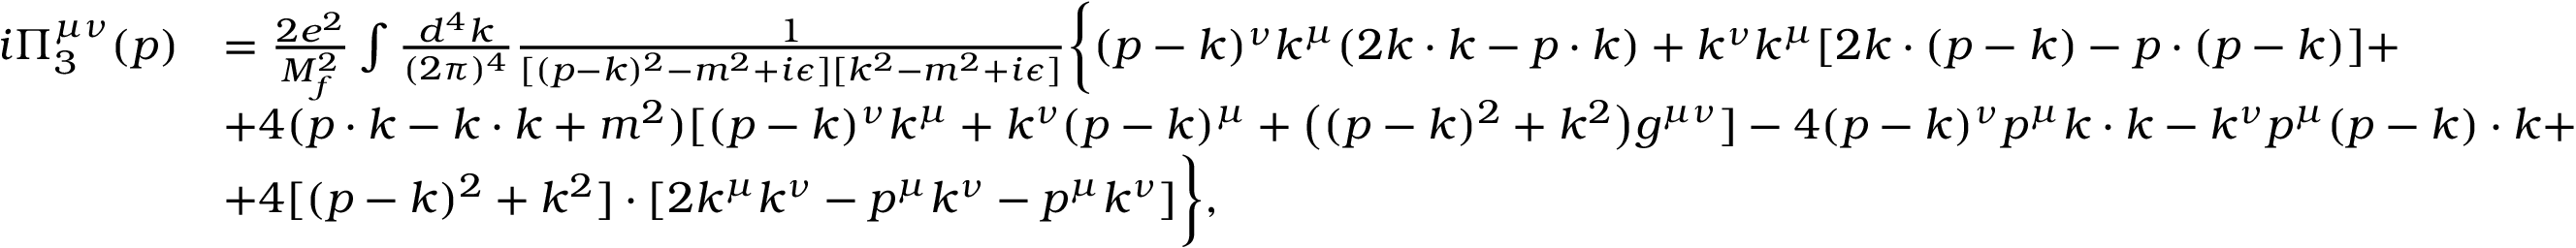
\begin{array} { r l } { i \Pi _ { 3 } ^ { \mu \nu } ( p ) } & { = \frac { 2 e ^ { 2 } } { M _ { f } ^ { 2 } } \int \frac { d ^ { 4 } k } { ( 2 \pi ) ^ { 4 } } \frac { 1 } { [ ( p - k ) ^ { 2 } - m ^ { 2 } + i \epsilon ] [ k ^ { 2 } - m ^ { 2 } + i \epsilon ] } \biggl \{ ( p - k ) ^ { \nu } k ^ { \mu } ( 2 k \cdot k - p \cdot k ) + k ^ { \nu } k ^ { \mu } [ 2 k \cdot ( p - k ) - p \cdot ( p - k ) ] + } \\ & { + 4 ( p \cdot k - k \cdot k + m ^ { 2 } ) [ ( p - k ) ^ { \nu } k ^ { \mu } + k ^ { \nu } ( p - k ) ^ { \mu } + \bigl ( ( p - k ) ^ { 2 } + k ^ { 2 } \bigr ) g ^ { \mu \nu } ] - 4 ( p - k ) ^ { \nu } p ^ { \mu } k \cdot k - k ^ { \nu } p ^ { \mu } ( p - k ) \cdot k + } \\ & { + 4 [ ( p - k ) ^ { 2 } + k ^ { 2 } ] \cdot [ 2 k ^ { \mu } k ^ { \nu } - p ^ { \mu } k ^ { \nu } - p ^ { \mu } k ^ { \nu } ] \biggr \} , } \end{array}